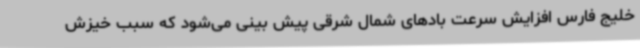
خلیج فارس افزایش سرعت بادهای شمال شرقی پیش بینی می‌شود که سبب خیزش